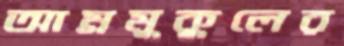
আম্রমুকুলের